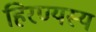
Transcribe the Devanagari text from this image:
हिरण्यस्य